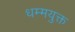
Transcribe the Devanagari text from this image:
धम्मयुक्त